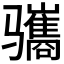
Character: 𫘱